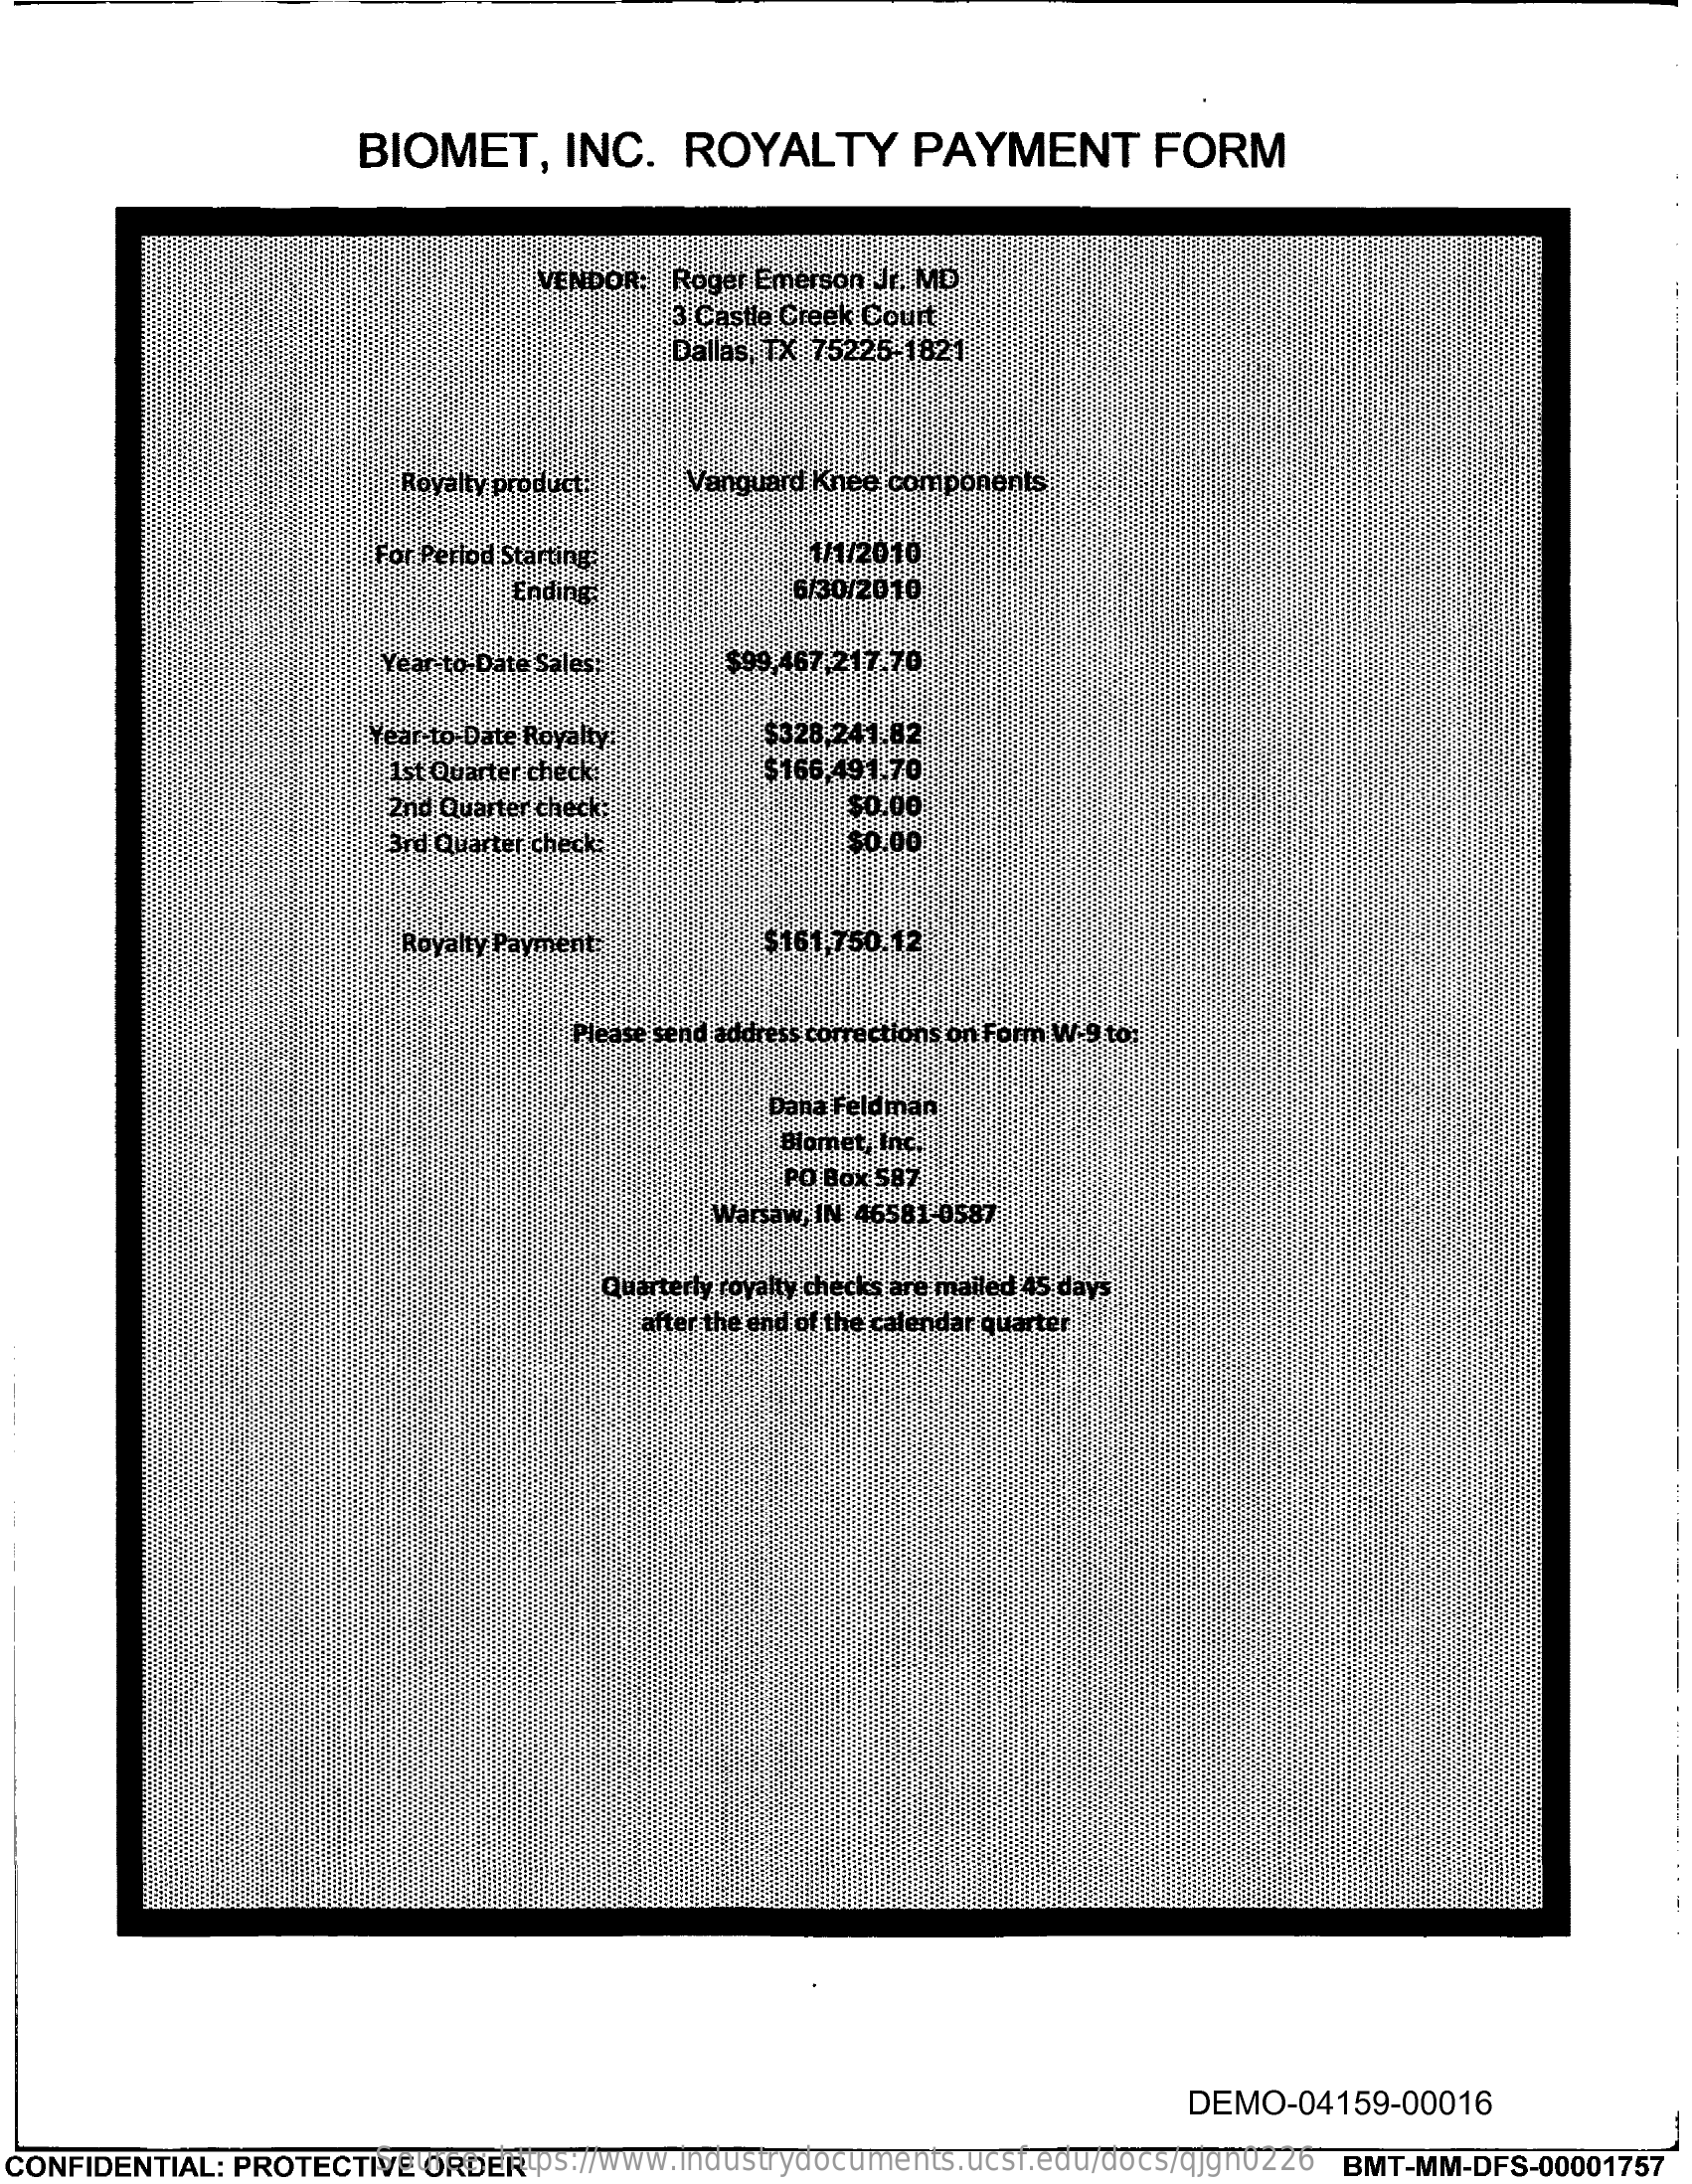
BIOMET,    INC.   ROYALTY    PAYMENT    FORM
     VENDOR: Roger Emerson Jr. MD
     3 Castle Creek Court
     Dallas, TX 75225-1821
     Rovalty product.  Vanguard Knee components
     For Perlod Starting    1/1/2010
     Ending    6/30/2010
     Year-to- Date Sales;  $99,467 .217 70
     Year-to-Date Royalty.    $328,241.82
     1st Quarter check    $166,491.70
     2nd Quarter check:    $0.00
     3rd Quarter check-    $0.00
     Royalty Payment    $161,750.12
     Please send address corrections on Form W-9 to:
     Dana Feldman
     Blomet, Inc.
     PO Box 587
     Warsaw, IN 46581-0587
     Quarterly royalty checks are mailed 45 days
     after the end of the calendar quarter
     DEMO-04159-00016
  CONFIDENTIAL: PROTECTIVE ORDER Source: https://www.industrydocuments.ucsf.edu/docs/qjgn0226 BMT-MM-DFS-00001757